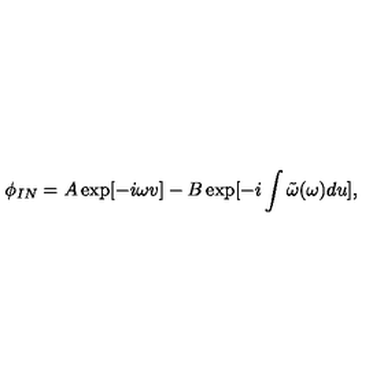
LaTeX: \phi _ { I N } = A \exp [ - i \omega v ] - B \exp [ - i \int \tilde { \omega } ( \omega ) d u ] ,